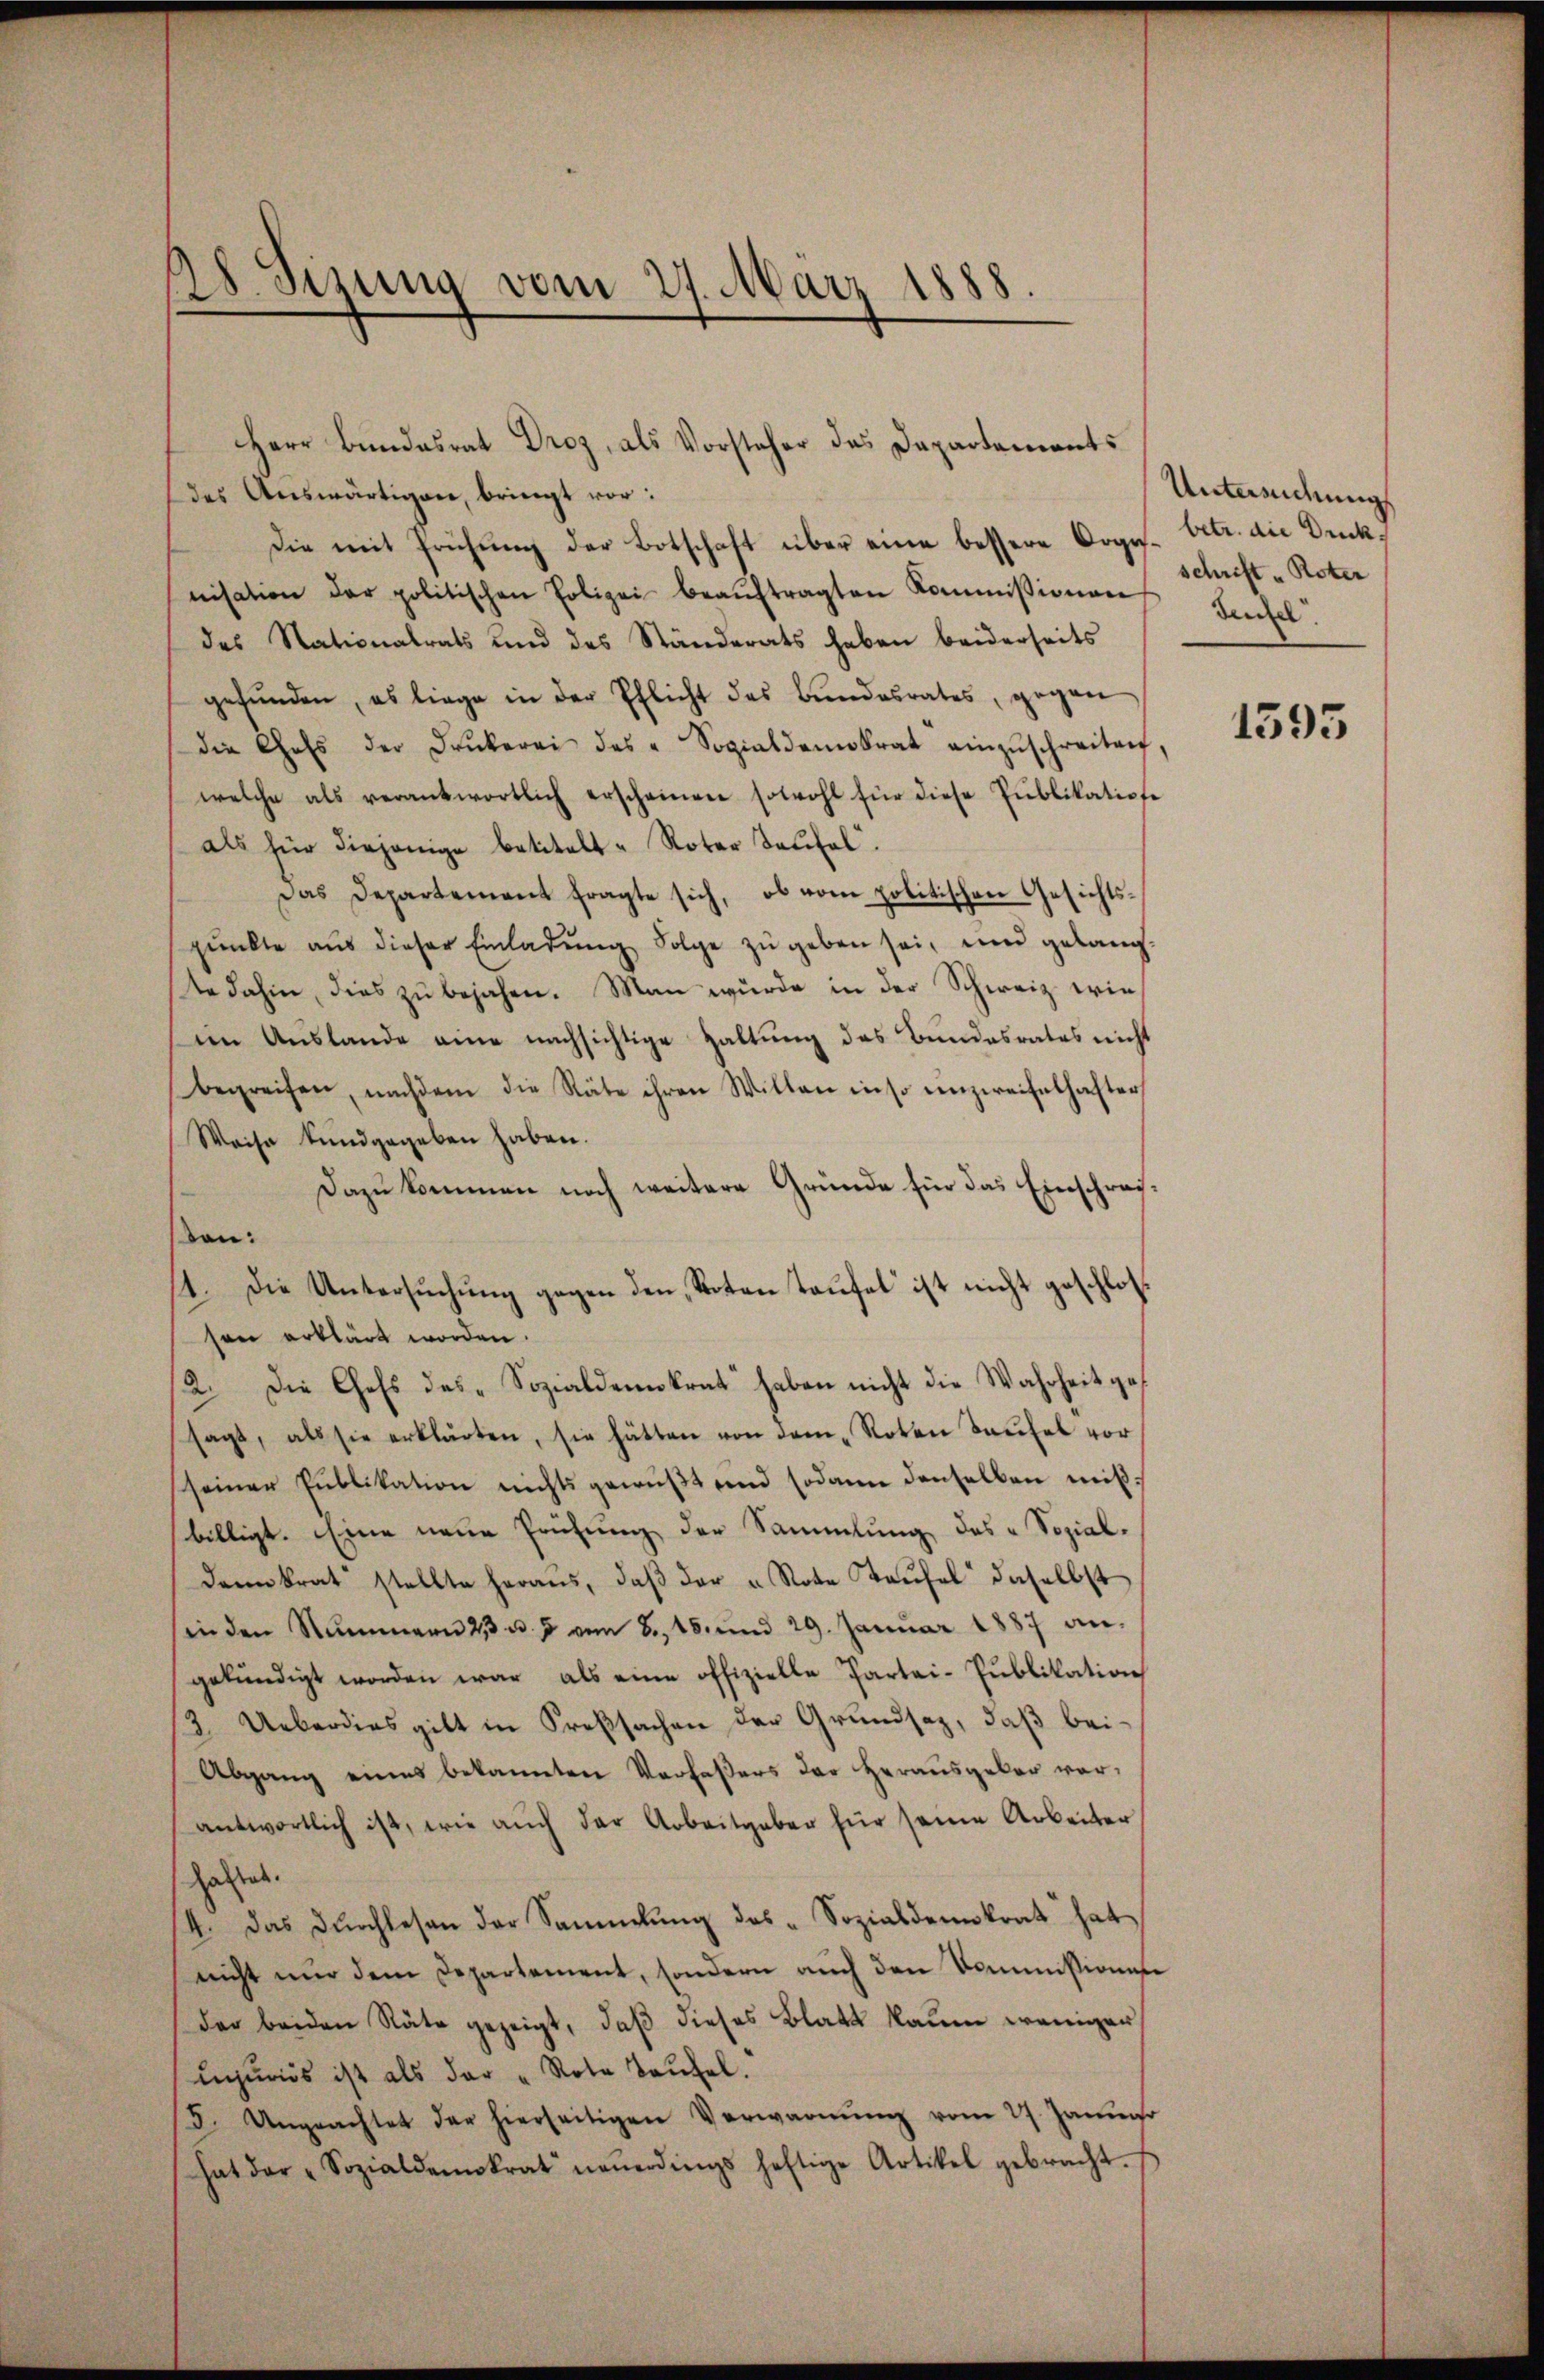
28. Sizung vom 27. März 1888.

Herr Bundesrat Droz, als Vorsteher das Dapartements
des Auswärtigen, bringt vor:
Die mit Prüfung der Botschaft über eine bessere Orges. betr. die Drucknisation der politischen Polizei beaŭftragten Kommissionen
des Nationalrats und des Ständerats haben beiderseits
gefŭnden, es liege in der Pflicht des Bŭndesrates, gegen
die Gess der Drukerei des " Sozialdemokrat einzŭschreiten,
welche als verantwortlich erscheinen sowohl für diese Pŭblikatione
als für diejenige betitelt. Roter Teufel.
Das Departement fragte sich, ob vom politischen Gesichtspŭnkte aus dieser Einladŭng Folge zŭ geben sei, und gelangte dahin, dies zu bejahen. Man wurde in der Schweiz wieim Auslande eine nachsichtige Haltung des Bundesrates nicht
begreifen, nachdem die Räte ihren Willen in so unzweifelhafter
Waise kundgegeben haben.
Dazu kommen noch weitere Gründe für das Einschreison:
1. Die Untersuchung gegen den Poten Taufel ist nicht geschlossen erklärt worden.
2. Die Chefs des Sozialdemokrat haben nicht die Wahrheit ges
sagt, als sie erklärten, sie hätten von dem "Roten Taufel vor
seiner Publikation nichts gewußt und sodann denselben mißbilligt. Eine neue Prüfung der Sammlung des Sozialdann krat stellte heraus, daβ der u Note Taufel daselbst
in den Nummern 23 u. 7 vom 8. 15. und 29. Januar 1887 an-
gekündigt worden war, als eine offizielle Partei-Publikation
3. Ueberdies gilt in Preßsachen der Grundsaz, daß bei¬
Abgang eines bekannten Verfaßers der Heraŭsgeber vor-
antwortlich ist, wie auch der Arbeitgaber für seine Arbeiter
haftet.
14. Das Dŭrchlesen der Sammlung des Sozialdemokrat hat
nicht nur dem Departement, sondern auch den Kommissionen
der beiden Räte gezeigt, daß dieses Blatt kaum weniger
Icurios ist als der "Rote Baŭfel.
F. Ungeachtet der hierseitigen Verwarnŭng vom 27. Januar
hat der „Sozialdemokrat neŭerdings heftige Artikel gebracht.

Untersuchung
schrift. Roter
denzel

1595